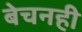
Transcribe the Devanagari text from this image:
बेचनही